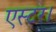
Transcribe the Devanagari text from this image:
एस्टर।